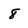
Character: 8